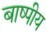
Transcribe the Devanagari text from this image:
बाष्पीय